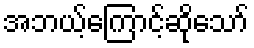
အဘယ့်ကြောင့်ဆိုသော်